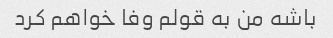
باشه من به قولم وفا خواهم کرد